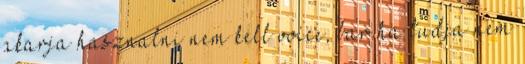
akarja hasznalni nem kell voice, bar ha tudja nem